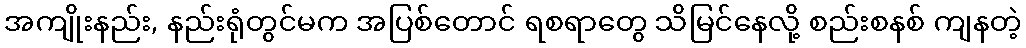
အကျိုးနည်း, နည်းရုံတွင်မက အပြစ်တောင် ရစရာတွေ သိမြင်နေလို့ စည်းစနစ် ကျနတဲ့